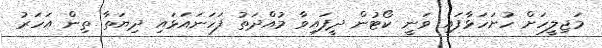
މަޖިލީހަށް ހުށަހަޅާފައި ވަނީ ކޯޓުން ދީފައިވާ މުއްދަތު ފަހަނައަޅައި ދިޔަތާ ތިން އަހަރު